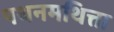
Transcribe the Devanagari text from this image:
पथनमथित्ता